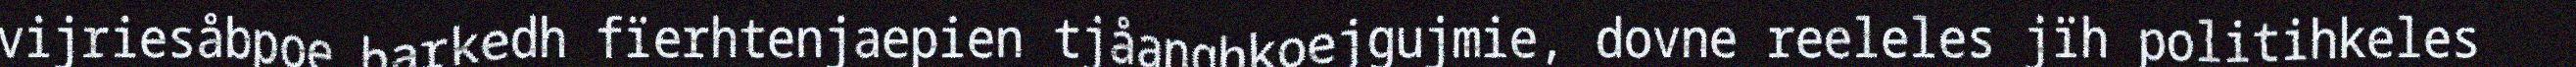
vijriesåbpoe barkedh fïerhtenjaepien tjåanghkoejgujmie, dovne reeleles jïh politihkeles